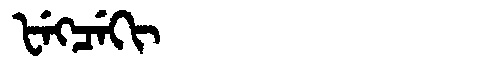
Manchu: ᡶᡝᡴᠴᡝᡴᡳ
Romanization: FEKCEKI